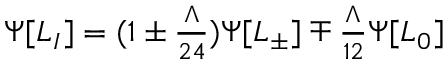
\Psi [ L _ { I } ] = ( 1 \pm { \textstyle { \frac { \Lambda } { 2 4 } } } ) \Psi [ L _ { \pm } ] \mp { \textstyle { \frac { \Lambda } { 1 2 } } } \Psi [ L _ { 0 } ]